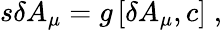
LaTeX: s\delta A_{\mu}=g\left[\delta A_{\mu},c\right]\; ,